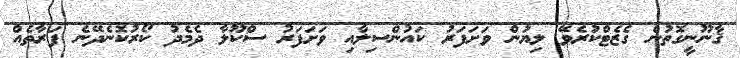
ޤާނޫނީގޮތުން ގެޒެޓްކުރެވޭ ލިޔުން ވަށަފަރު ކައުންސިލާއި ވަށަފަރު ސްކޫލާ ދެމެދު ކޯރުކޮނެދޭނެ ފަރާތެއް